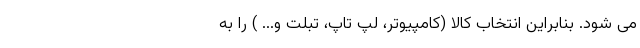
می شود. بنابراین انتخاب کالا (کامپیوتر، لپ تاپ، تبلت و... ) را به